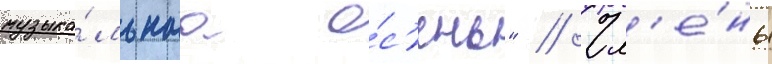
музыка́льнаа о́с'ень" // Чл'е́ны